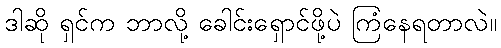
ဒါဆို ရှင်က ဘာလို့ ခေါင်းရှောင်ဖို့ပဲ ကြံနေရတာလဲ။